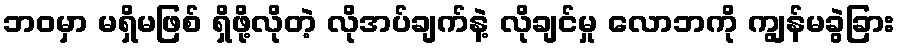
ဘဝမှာ မရှိမဖြစ် ရှိဖို့လိုတဲ့ လိုအပ်ချက်နဲ့ လိုချင်မှု လောဘကို ကျွန်မခွဲခြား